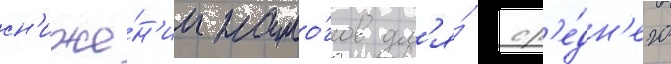
сн'иже́н'ии нало́гов дл'я́ ср'е́дн'его